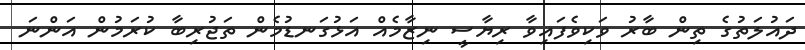
ދައުލަތުގެ ތިން ބާރު ވަކިވެފައިވާ ރިޔާސީ ނިޒާމެއް އަޅުގަނޑުމެން ތަޖުރިބާ ކުރަމުން އަންނަ